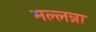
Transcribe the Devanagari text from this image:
मल्लन्ना